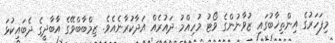
މިފަހަރުގެ އިންތިޚާބުގައި ޒުވާނުންގެ ވޯޓު މުހިއްމު ދައުރެއް އަދާކުރާނެއެވެ. ޒިމްބާބްވޭގެ އާބާދީގެ ދެބައިކުޅަ